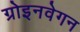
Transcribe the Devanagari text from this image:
ग्रोइनवेगन